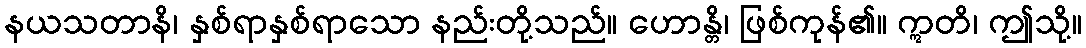
နယသတာနိ၊ နှစ်ရာနှစ်ရာသော နည်းတို့သည်။ ဟောန္တိ၊ ဖြစ်ကုန်၏။ ဣတိ၊ ဤသို့။